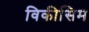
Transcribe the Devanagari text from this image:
विकीसिम